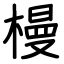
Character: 槾